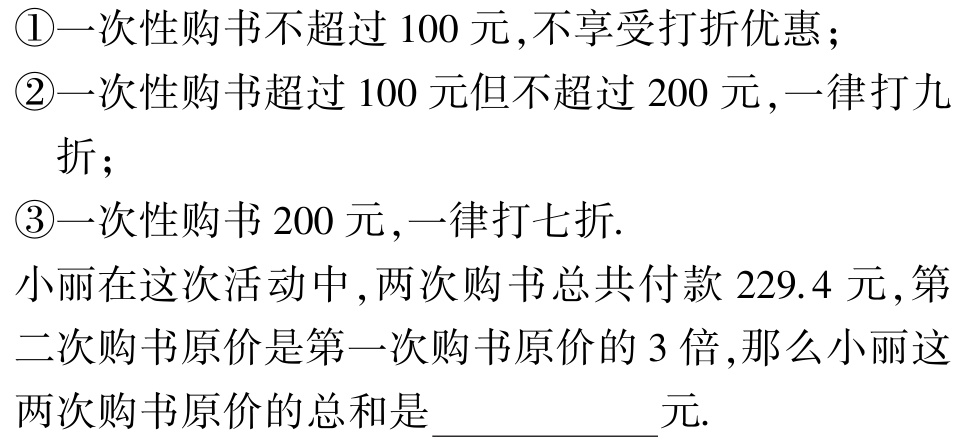
\textcircled{1}一次性购书不超过$100$元,不享受打折优惠；

\textcircled{2}一次性购书超过$100$元但不超过$200$元,一律打九折；

\textcircled{3}一次性购书$200$元,一律打七折.

小丽在这次活动中,两次购书总共付款$229.4$元,第二次购书原价是第一次购书原价的$3$倍,那么小丽这两次购书原价的总和是  元.